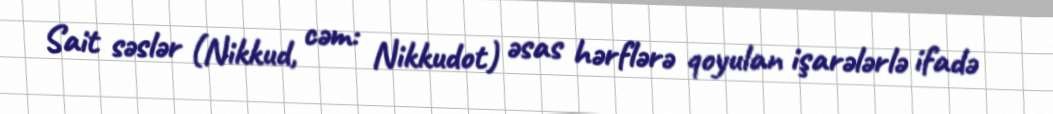
Sait səslər (Nikkud, cəm: Nikkudot) əsas hərflərə qoyulan işarələrlə ifadə